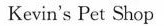
Kevin's Pet Shop